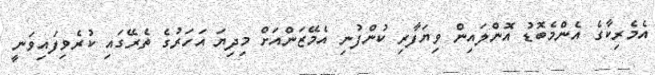
އެމެރިކާގެ އެންމެބޮޑު އޮންލައިން ވިޔަފާރި ކުންފުނި އެމޭޒަންއަށް މިދިޔަ އަހަރުގެ ތެރޭގައި ކުރެވިފައިވަނީ